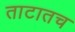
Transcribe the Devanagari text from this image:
ताटातच